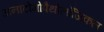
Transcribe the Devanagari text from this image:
अनाटोमोपैथोलॉजिकल